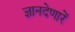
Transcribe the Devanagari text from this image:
ज्ञानदेणारें